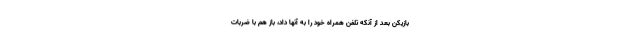
بازیکن بعد از آنکه تلفن همراه خود را به آنها داد، باز هم با ضربات